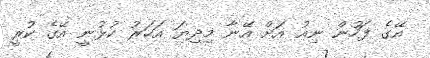
އޭގެ ފަހުން ނިއު އަށް އޭނާ މިދިޔަ އަހަރު ކުޅުނީ އޭގެ ކުރީ